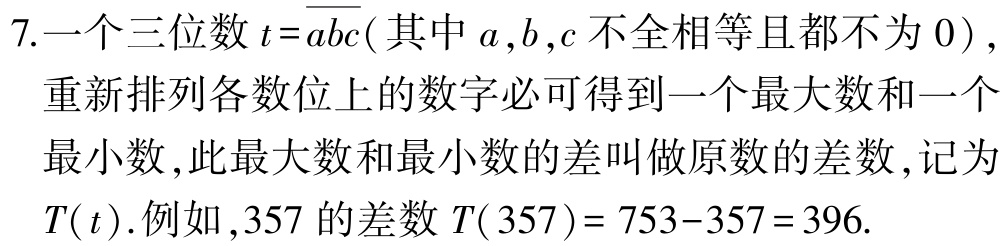
7.一个三位数\(t = \overline{abc}(其中a,b,c不全相等且都不为0)\)，重新排列各数位上的数字必可得到一个最大数和一个最小数，此最大数和最小数的差叫做原数的差数，记为\(T(t)\).例如，\(357\)的差数\(T(357)=753 - 357 = 396\).